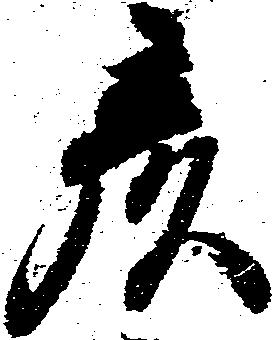
彦